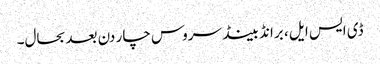
ڈی ایس ایل ، برانڈ بینڈ سروس چار دن بعدبحال۔